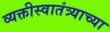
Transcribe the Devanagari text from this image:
व्यक्तीस्वातंत्र्याच्या